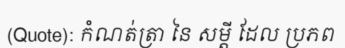
(Quote): កំណត់ត្រា នៃ សម្តី ដែល ប្រភព